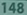
1481